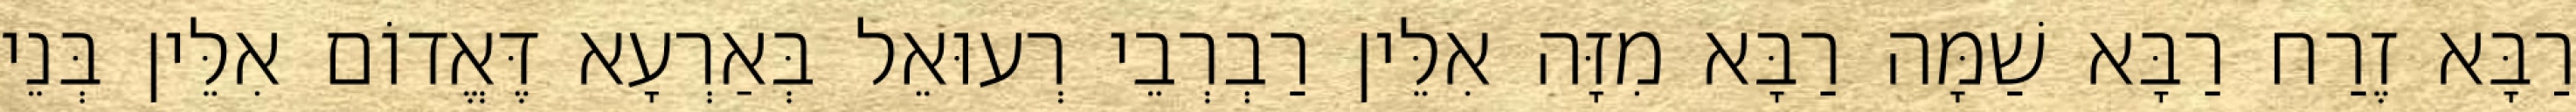
רַבָּא זֶרַח רַבָּא שַׁמָּה רַבָּא מִזָּה אִלֵּין רַבְרְבֵי רְעוּאֵל בְּאַרְעָא דֶּאֱדוֹם אִלֵּין בְּנֵי